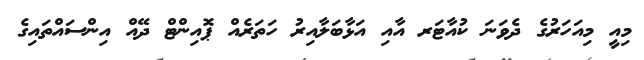
މިއީ މިއަހަރުގެ ދެވަނަ ކުއާޓަރ އާއި އަޅާބަލާއިރު ހަތަރެއް ޕޮއިންޓް ދޭއް އިންސައްތައިގެ